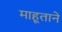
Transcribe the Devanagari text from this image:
माहूताने